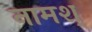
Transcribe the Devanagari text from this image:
नामश्